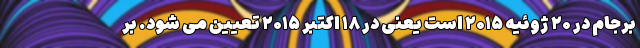
برجام در ۲۰ ژوئیه ۲۰۱۵ است یعنی در ۱۸ اکتبر ۲۰۱۵ تعیین می شود. بر